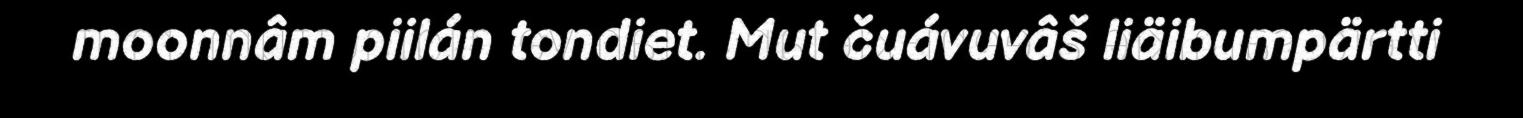
moonnâm piilán tondiet. Mut čuávuvâš liäibumpärtti